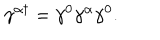
LaTeX: \gamma ^ { \alpha \dagger } = \gamma ^ { 0 } \gamma ^ { \alpha } \gamma ^ { 0 } .